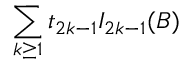
{ \sum _ { k \ge 1 } t _ { 2 k - 1 } I _ { 2 k - 1 } ( B ) }